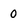
Character: 0